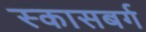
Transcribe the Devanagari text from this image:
स्कासबर्ग